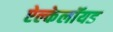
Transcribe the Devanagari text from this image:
ऐल्केलॉयड